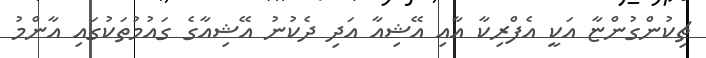
ޗިކުންގުންޏާ އަކީ އެފްރިކާ އާއި އޭޝިއާ އަދި ދެކުނު އޭޝިއާގެ ގައުމުތަކުގައި އާންމު